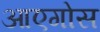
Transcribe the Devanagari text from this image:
आएगोस